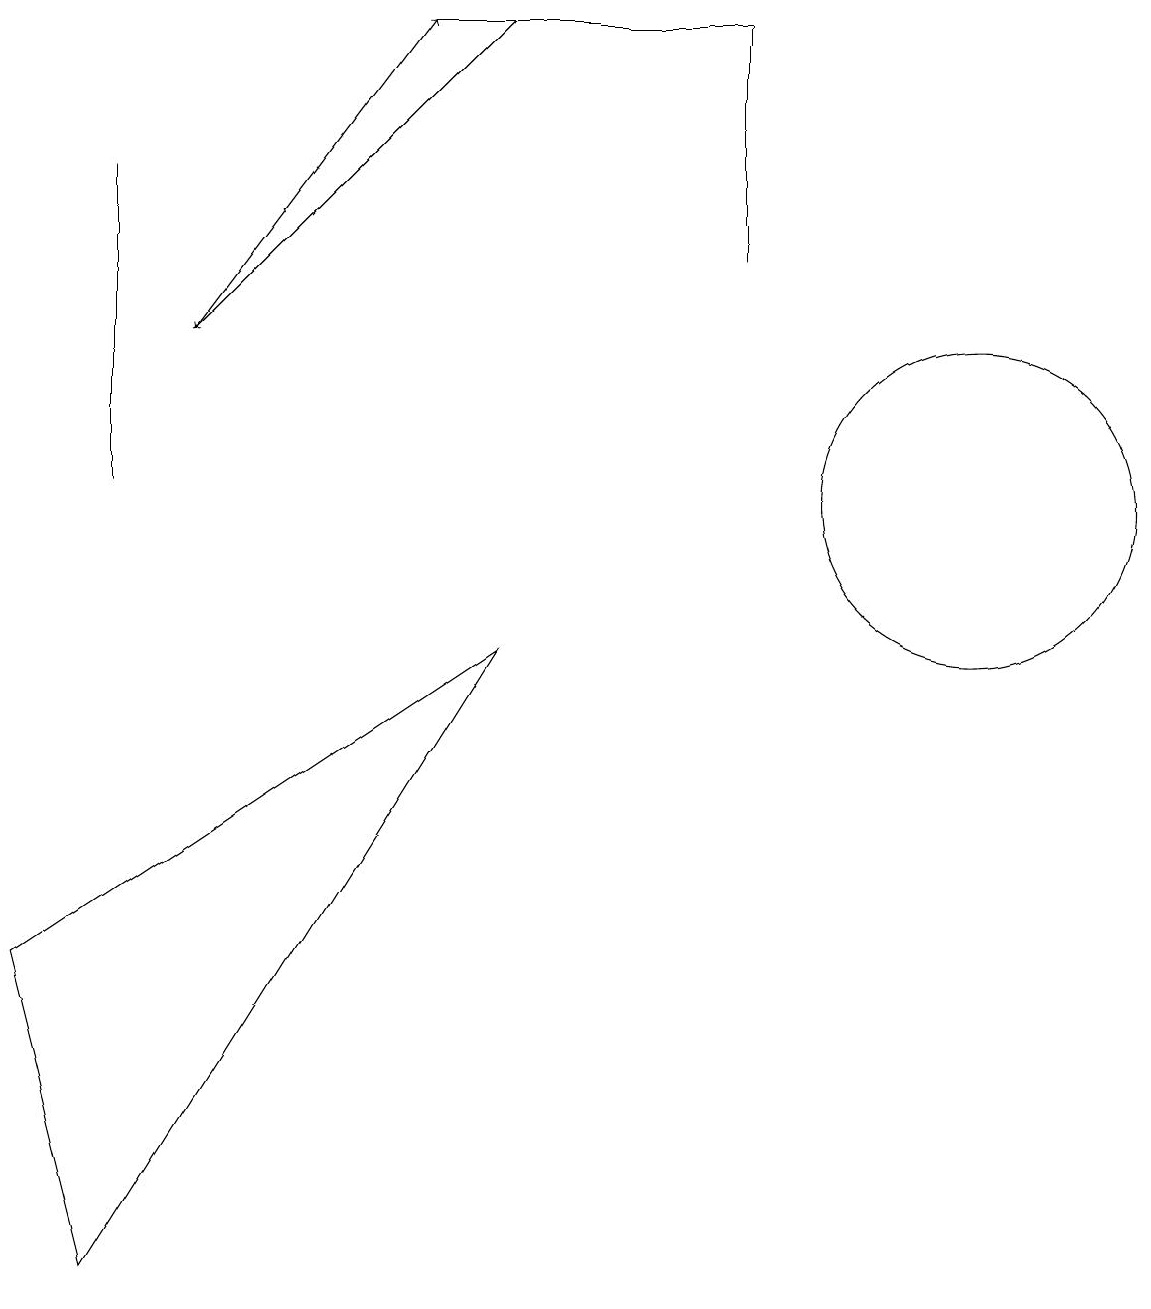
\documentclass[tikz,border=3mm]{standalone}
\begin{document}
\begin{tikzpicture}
\draw[->] (6,16) -- (2,12);
\draw[->] (2,12) -- (5,16);
\draw (6,8) -- (1,0) -- (0,4) -- cycle;
\draw (12,10) circle (2);
\draw (1,10) rectangle (1,14);
\draw (9,16) rectangle (5,16);
\draw (9,13) rectangle (9,16);
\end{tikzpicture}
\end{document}